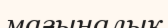
мағыналык